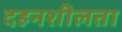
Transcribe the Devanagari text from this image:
दहनशीलता